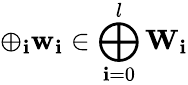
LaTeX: \oplus_{\mathbf{i}}\mathbf{{w}}_{\mathbf{i}}\in\bigoplus_{\mathbf{i}=0}^{l}\mathbf{{W}}_{\mathbf{i}}